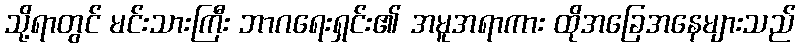
သို့ရာတွင် မင်းသားကြီး ဘာဂရေးရှင်း၏ အမူအရာကား ထိုအခြေအနေများသည်